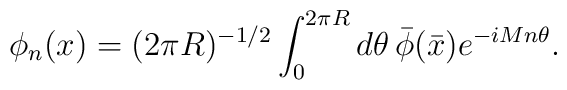
\phi_n(x)=(2\pi R)^{-1/2}\int_0^{2\pi R}d\theta \, \bar{\phi}(\bar{x})e^{-iMn\theta}.